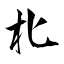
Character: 朼